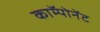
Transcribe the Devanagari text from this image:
काॅम्पोनेंट